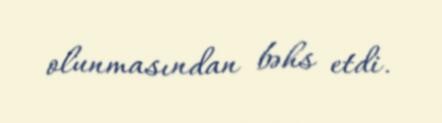
olunmasından bəhs etdi.